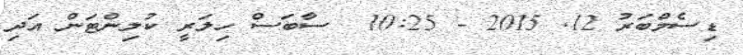
ޑިސެމްބަރު 12